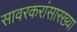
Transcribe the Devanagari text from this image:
सावरकरांसारख्या